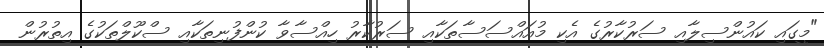
"މީގައި ކައުންސިލާއި ސަރުކާރުގެ އެކި މުއައްސަސާތަކާއި ސަރުކާރު ހިއްސާވާ ކުންފުނިތަކާއި ސްކޫލްތަކުގެ އިތުރުން